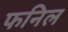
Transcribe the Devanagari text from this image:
फनिल